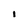
Character: i